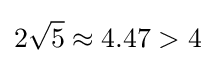
2{\sqrt {5}}\approx 4.47>4